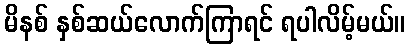
မိနစ် နှစ်ဆယ်လောက်ကြာရင် ရပါလိမ့်မယ်။